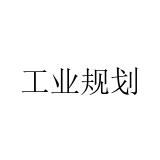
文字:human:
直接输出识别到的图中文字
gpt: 工业规划